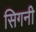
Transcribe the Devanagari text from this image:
सिगनी